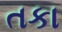
તકા